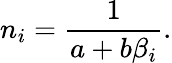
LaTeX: n_{i}=\frac{1}{a+b\beta_{i}}.